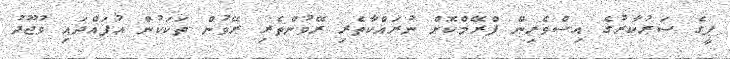
ޕީގެ ސަރުކާރުގެ އިސްވެރިން ފްރޭމްކޮށް ނުރައްކާތެރި ރޭވުންތެރި ރޭވުން ތަކަކުން އުފައްދައި ވުޖޫދު